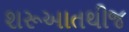
શરૂઆતથીજ